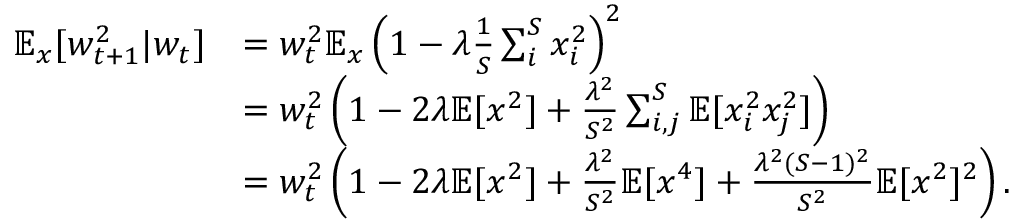
\begin{array} { r l } { \mathbb { E } _ { x } [ w _ { t + 1 } ^ { 2 } | w _ { t } ] } & { = w _ { t } ^ { 2 } \mathbb { E } _ { x } \left( 1 - \lambda \frac { 1 } { S } \sum _ { i } ^ { S } x _ { i } ^ { 2 } \right) ^ { 2 } } \\ & { = w _ { t } ^ { 2 } \left( 1 - 2 \lambda \mathbb { E } [ x ^ { 2 } ] + \frac { \lambda ^ { 2 } } { S ^ { 2 } } \sum _ { i , j } ^ { S } \mathbb { E } [ x _ { i } ^ { 2 } x _ { j } ^ { 2 } ] \right) } \\ & { = w _ { t } ^ { 2 } \left( 1 - 2 \lambda \mathbb { E } [ x ^ { 2 } ] + \frac { \lambda ^ { 2 } } { S ^ { 2 } } \mathbb { E } [ x ^ { 4 } ] + \frac { \lambda ^ { 2 } ( S - 1 ) ^ { 2 } } { S ^ { 2 } } \mathbb { E } [ x ^ { 2 } ] ^ { 2 } \right) . } \end{array}